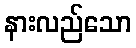
နားလည်သော